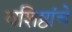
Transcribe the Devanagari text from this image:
वशिष्ठांचे